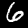
Digit: 6